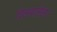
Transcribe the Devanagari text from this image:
दिलवालेला